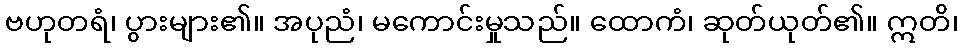
ဗဟုတရံ၊ ပွားများ၏။ အပုညံ၊ မကောင်းမှုသည်။ ထောကံ၊ ဆုတ်ယုတ်၏။ ဣတိ၊